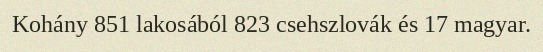
Kohány 851 lakosából 823 csehszlovák és 17 magyar.